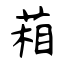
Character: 葙